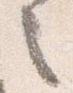
之